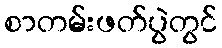
စာတမ်းဖတ်ပွဲတွင်